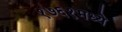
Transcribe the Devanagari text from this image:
१७६१मध्ये